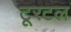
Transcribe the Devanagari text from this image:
टूरटल